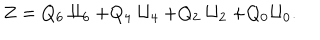
Z = Q _ { 6 } \amalg _ { 6 } + Q _ { 4 } \amalg _ { 4 } + Q _ { 2 } \amalg _ { 2 } + Q _ { 0 } \amalg _ { 0 } .